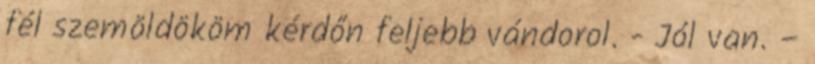
fél szemöldököm kérdőn feljebb vándorol. - Jól van. –